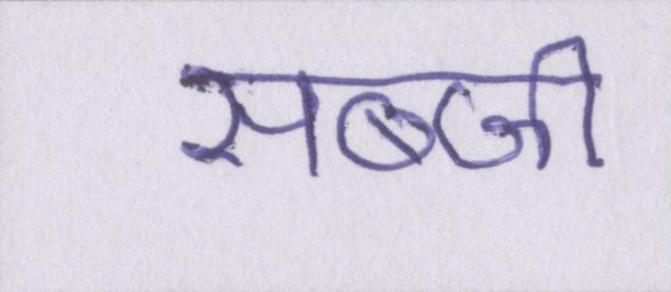
सब्जी